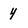
Character: 4